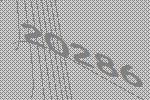
20286